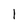
Character: 1